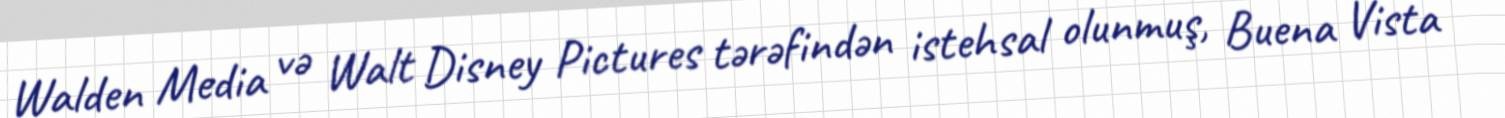
Walden Media və Walt Disney Pictures tərəfindən istehsal olunmuş, Buena Vista